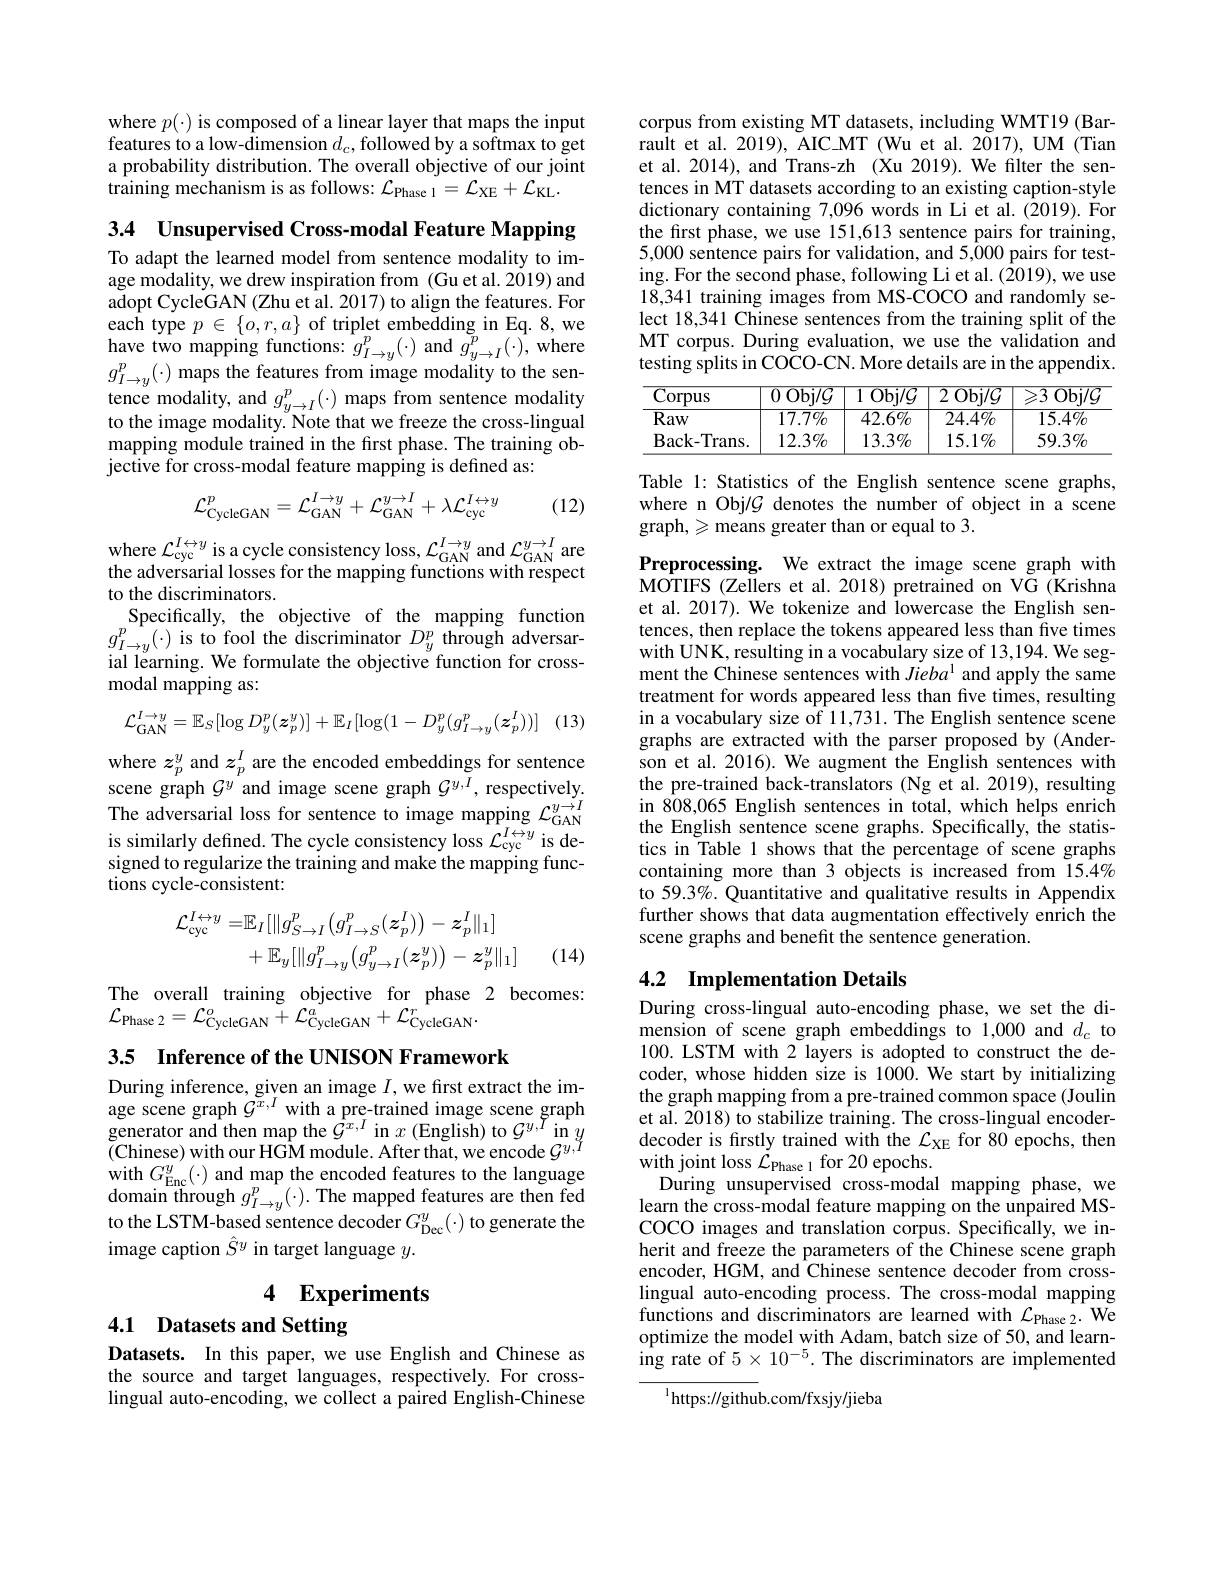
where $p(\cdot)$ is composed of a linear layer that maps the input features to a low-dimension $d_c$,followed by a softmax to get a probability distribution. The overall objective of our joint training mechanism is as follows: $\mathcal{L}_\mathrm{Phase~1}=\mathcal{L}_\mathrm{XE}+\mathcal{L}_\mathrm{KL}.$

3.4 Unsupervised Cross-modal Feature Mapping

To adapt the learned model from sentence modality to image modality, we drew inspiration from (Gu et al. 2019) and adopt CycleGAN (Zhu et al. 2017) to align the features. For $\begin{array}{l}{\mathrm{each~type~}p\in\{o,r,a\}~\text{of triplet embedding in Eq.8,we}}\\{\mathrm{have~two~mapping~functions:~}g_{I\to y}^{p}(\cdot)~\mathrm{and~}g_{y\to I}^{p}(\cdot),~\mathrm{where}}\\{\mathrm{have~}}\\{\mathrm{n}}\end{array}$ $g_{I\to y}^{p}(\cdot)$ maps the features from image modality to the sentence modality, and $g_y\to I^p(\cdot)$ maps from sentence modality to the image modality. Note that we freeze the cross-lingual mapping module trained in the frst phase. The training objective for cross-modal feature mapping is defined as:

(12)
$$\mathcal{L}_{\mathrm{CycleGAN}}^{p}=\mathcal{L}_{\mathrm{GAN}}^{I\to y}+\mathcal{L}_{\mathrm{GAN}}^{y\to I}+\lambda\mathcal{L}_{\mathrm{cyc}}^{I\leftrightarrow y}$$
where $\mathcal{L}_{\mathrm{cyc}}^{I\leftrightarrow y}$ is a cycle consistency loss, $\mathcal{L}_{\mathrm{GAN}}^{I\rightarrow y}$ and $\mathcal{L}_{\mathrm{GAN}}^{y\rightarrow I}$ are the adversarial losses for the mapping functions with respect to the discriminators.
Specifically, the objective of the mapping function $g_{I\to y}^{p}(\cdot)$ is to fool the discriminator $D_y^p$ through adversarial learning. We formulate the objective function for crossmodal mapping as:

(13)
$$\mathcal{L}_{\mathrm{GAN}}^{I\to y}=\mathbb{E}_{S}[\log D_{y}^{p}(\boldsymbol{z}_{p}^{y})]+\mathbb{E}_{I}[\log(1-D_{y}^{p}(g_{I\to y}^{p}(\boldsymbol{z}_{p}^{I}))]$$
where $z_p^y$ and $z_p^I$ are the encoded embeddings for sentence scene graph $\mathcal{G}^y^{r}$and image scene graph $\mathcal{G}^{y,I}$, respectively.The adversarial loss for sentence to image mapping $\mathcal{L}_\mathrm{GAN}^{y\to I}$is similarly defined. The cycle consistency loss $\mathcal{L}_\mathrm{cyc}^{I\leftrightarrow y}$ is designed to regularize the training and make the mapping functions cycle-consistent:
$$\begin{aligned}\mathcal{L}_{\mathrm{cyc}}^{I\leftrightarrow y}=&\mathbb{E}_{I}[\|g_{S\to I}^{p}\big(g_{I\to S}^{p}(z_{p}^{I})\big)-z_{p}^{I}\|_{1}]\\&+\mathbb{E}_{y}[\|g_{I\to y}^{p}\big(g_{y\to I}^{p}(z_{p}^{y})\big)-z_{p}^{y}\|_{1}]\end{aligned}$$
(14)

The overall training objective for phase 2 becomes:
${\mathcal{L}}_{\mathrm{Phase~2}}={\mathcal{L}}_{\mathrm{CycleGAN}}^{o}+{\mathcal{L}}_{\mathrm{CycleGAN}}^{a}+{\mathcal{L}}_{\mathrm{CycleGAN}}^{r}.$

3.5 Inference of the UNISON Framework

During inference, given an image $I$, we first extract the image scene graph $\tilde{\mathcal{G}}^{x,I}$ with a pre-trained image scene graph $\begin{array}{l}{\text{generator and then map the }\mathcal{G}^{x,I}\mathrm{~in~}x\mathrm{~(English)~to~}\mathcal{G}^{y,\bar{T}}\mathrm{~in~}y}\\{\text{(Chinese) with our HGM module. After that, we encode }\mathcal{G}^{y,\bar{I}}}\end{array}$ with $G_\mathrm{Enc}^{y}(\cdot)$ and map the encoded features to the language domain through $g_{I\to y}^{p}(\cdot).$ The mapped features are then fed to the LSTM-based sentence decoder $G_\mathrm{Dec}^{y}(\cdot)$ to generate the image caption $\hat{S}^y$ in target language $y.$

# 4 Experiments

## 4.1 Datasets and Setting

Datasets. In this paper, we use English and Chinese as the source and target languages, respectively. For crosslingual auto-encoding, we collect a paired English-Chinese

corpus from existing MT datasets, including WMT19 (Barrault et al. 2019), AIC\_MT (Wu et al. 2017), UM (Tian et al. 2014), and Trans-zh (Xu 2019). We filter the sentences in MT datasets according to an existing caption-style dictionary containing 7,096 words in Li et al. (2019). For the first phase, we use 151,613 sentence pairs for training, 5,000 sentence pairs for validation, and 5,000 pairs for testing. For the second phase, following Li et al. (2019), we use 18,341 training images from MS-COCO and randomly select 18,341 Chinese sentences from the training split of the MT corpus. During evaluation, we use the validation and testing splits in COCO-CN. More details are in the appendix.

<table>
	<tbody>
		<tr>
			<th>$\overline{\mathrm{Corpus}}$</th>
			<th>$\overline{\mathrm{Obi/G}}$ 0</th>
			<th>$\overline{\mathrm{Obi/G}}$ 1 </th>
			<th>$\overline{2\:\mathrm{Obj/G}}$</th>
			<th>$\overline{3\:\mathrm{Obi/G}}$</th>
		</tr>
		<tr>
			<td>Raw</td>
			<td>$17.7\%$</td>
			<td>$42.6\%$</td>
			<td>$24.4\%$</td>
			<td>$15.4\%$</td>
		</tr>
		<tr>
			<td>Back- Trans. </td>
			<td>12.3%</td>
			<td>13.3%</td>
			<td>$15.1\%$</td>
			<td>$59.3\%$</td>
		</tr>
	</tbody>
</table>

Table 1: Statistics of the English sentence scene graphs, where n Obj/G denotes the number of object in a scene $graph,\geqslant means greater than or equal to 3.$

Preprocessing. We extract the image scene graph with MOTIFS (Zellers et al. 2018) pretrained on VG (Krishna et al. 2017). We tokenize and lowercase the English sentences, then replace the tokens appeared less than five times with UNK, resulting in a vocabulary size of 13,194. We segment the Chinese sentences with Jieba$^{1}$ and apply the same treatment for words appeared less than five times, resulting in a vocabulary size of 11,731. The English sentence scene graphs are extracted with the parser proposed by (Anderson et al. 2016). We augment the English sentences with the pre-trained back-translators (Ng et al. 2019), resulting in 808,065 English sentences in total, which helps enrich the English sentence scene graphs. Specifically, the statistics in Table 1 shows that the percentage of scene graphs containing more than 3 objects is increased from 15.4% to 59.3%. Quantitative and qualitative results in Appendix further shows that data augmentation effectively enrich the scene graphs and benefit the sentence generation.

## 4.2 Implementation Details

During cross-lingual auto-encoding phase, we set the dimension of scene graph embeddings to 1,000 and $d_c$ to 100. LSTM with 2 layers is adopted to construct the decoder, whose hidden size is 1000. We start by initializing the graph mapping from a pre-trained common space (Joulin et al. 2018) to stabilize training. The cross-lingual encoderdecoder is firstly trained with the $\mathcal{L}_\mathrm{XE}$ for 80 epochs, then with joint loss $\dot{\mathcal{L}}_{\mathrm{Phase~1}}$for 20 epochs.
During unsupervised cross-modal mapping phase, we learn the cross-modal feature mapping on the unpaired MSCOCO images and translation corpus. Specifically, we inherit and freeze the parameters of the Chinese scene graph encoder, HGM, and Chinese sentence decoder from crosslingual auto-encoding process. The cross-modal mapping functions and discriminators are learned with $\mathcal{L}_{\mathrm{Phase~2}}.$ We optimize the model with Adam, batch size of 50, and learning rate of $5\times10^{-5}.$ The discriminators are implemented

$^{1}$https://github.com/fxsjy/jieba